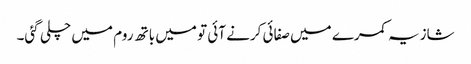
شازیہ کمرے میں صفائی کرنے آئی تو میں باتھ روم میں چلی گئی۔